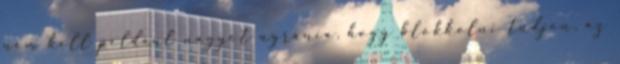
nem kell például nagyot ugrania, hogy blokkolni tudjon, az